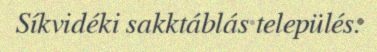
Síkvidéki sakktáblás település.